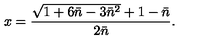
x = { \frac { \sqrt { 1 + 6 \bar { n } - 3 \bar { n } ^ { 2 } } + 1 - \bar { n } } { 2 \bar { n } } } .